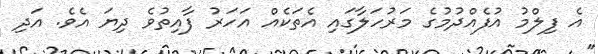
އެ ފިލްމު އުފެއްދުމުގެ މަރުހަލާގައި އެތަކެއް އަހަރު ފާއިތުވެ ދިޔަ އެވެ. އަދި